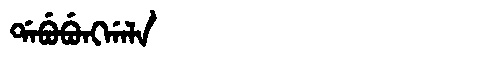
Manchu: ᡩᠠᠪᡠᠪᡠᠩᡤᠠᠯᠠ
Romanization: DABUBUNGGALA